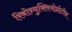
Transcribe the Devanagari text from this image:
रिबोन्युक्लियोप्रोटीन